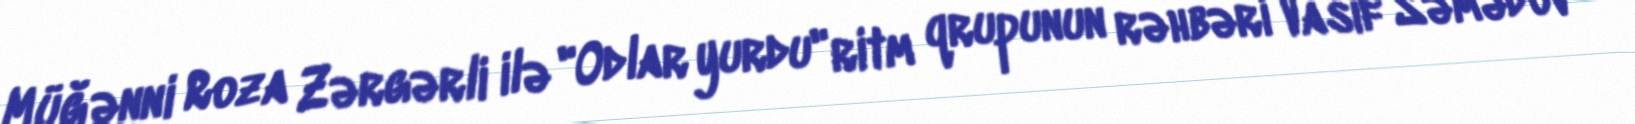
Müğənni Roza Zərgərli ilə "Odlar yurdu" ritm qrupunun rəhbəri Vasif Səmədov